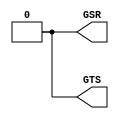
//
// Copyright 2011 Ettus Research LLC
//
// This program is free software: you can redistribute it and/or modify
// it under the terms of the GNU General Public License as published by
// the Free Software Foundation, either version 3 of the License, or
// (at your option) any later version.
//
// This program is distributed in the hope that it will be useful,
// but WITHOUT ANY WARRANTY; without even the implied warranty of
// MERCHANTABILITY or FITNESS FOR A PARTICULAR PURPOSE.  See the
// GNU General Public License for more details.
//
// You should have received a copy of the GNU General Public License
// along with this program.  If not, see <http://www.gnu.org/licenses/>.
//

module xlnx_glbl
(
  GSR,
  GTS
);

  //--------------------------------------------------------------------------
  // Parameters
  //--------------------------------------------------------------------------

  //--------------------------------------------------------------------------
  // IO declarations
  //--------------------------------------------------------------------------

  output GSR;
  output GTS;

  //--------------------------------------------------------------------------
  // Local declarations
  //--------------------------------------------------------------------------

  //--------------------------------------------------------------------------
  // Internal declarations
  //--------------------------------------------------------------------------

  assign GSR = 0;
  assign GTS = 0;
  
endmodule